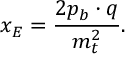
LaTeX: x _ { E } = { \frac { 2 p _ { b } \cdot q } { m _ { t } ^ { 2 } } } .